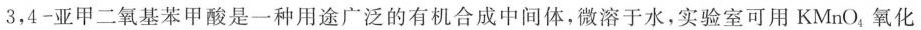
3，4-亚甲二氧基苯甲酸是一种用途广泛的有机合成中间体，微溶于水，实验室可用KMnO_{4}氧化